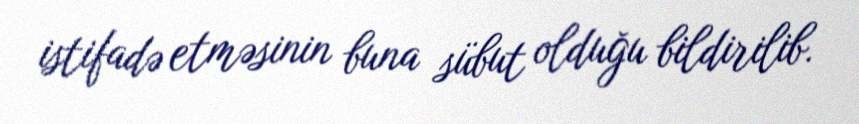
istifadə etməsinin buna sübut olduğu bildirilib.